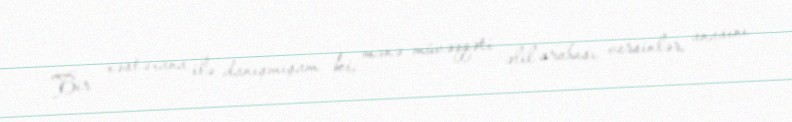
Bir xəstəxana ilə danışmışam ki, mənə müvəqqəti əlil arabası versinlər, anasını